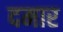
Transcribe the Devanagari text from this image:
दमार